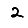
Digit: 2